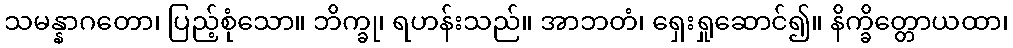
သမန္နာဂတော၊ ပြည့်စုံသော။ ဘိက္ခု၊ ရဟန်းသည်။ အာဘတံ၊ ရှေးရှုဆောင်၍။ နိက္ခိတ္တောယထာ၊